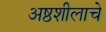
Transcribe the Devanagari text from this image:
अष्ठशीलाचे